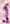
1